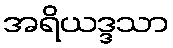
အရိယဒ္ဒသာ